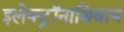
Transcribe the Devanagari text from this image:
इलेक्ट्रॉनाशिवाय